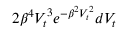
2 \beta ^ { 4 } V _ { t } ^ { 3 } e ^ { - \beta ^ { 2 } V _ { t } ^ { 2 } } d V _ { t }